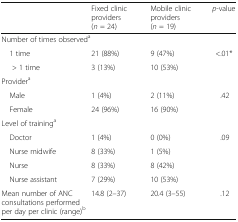
<table><thead><tr><td></td><td><b>Fixed clinic providers (<i>n</i> = 24)</b></td><td><b>Mobile clinic providers (<i>n</i> = 19)</b></td><td><b><i>p</i>-value</b></td></tr></thead><tbody><tr><td colspan="4">Number of times observed<sup>a</sup></td></tr><tr><td> 1 time</td><td>21 (88%)</td><td>9 (47%)</td><td rowspan="2">&lt;.01*</td></tr><tr><td>&gt; 1 time</td><td>3 (13%)</td><td>10 (53%)</td></tr><tr><td colspan="4">Provider<sup>a</sup></td></tr><tr><td> Male</td><td>1 (4%)</td><td>2 (11%)</td><td rowspan="2">.42</td></tr><tr><td> Female</td><td>24 (96%)</td><td>16 (90%)</td></tr><tr><td colspan="4">Level of training<sup>a</sup></td></tr><tr><td> Doctor</td><td>1 (4%)</td><td>0 (0%)</td><td rowspan="4">.09</td></tr><tr><td> Nurse midwife</td><td>8 (33%)</td><td>1 (5%)</td></tr><tr><td> Nurse</td><td>8 (33%)</td><td>8 (42%)</td></tr><tr><td> Nurse assistant</td><td>7 (29%)</td><td>10 (53%)</td></tr><tr><td>Mean number of ANC consultations performed per day per clinic (range)<sup>b</sup></td><td>14.8 (2–37)</td><td>20.4 (3–55)</td><td>.12</td></tr></tbody></table>